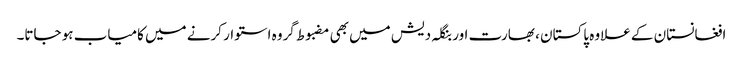
افغانستان کے علاوہ پاکستان ، بھارت اور بنگلہ دیش میں بھی مضبوط گروہ استوار کرنے میں کامیاب ہو جاتا۔